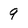
Character: 9